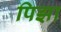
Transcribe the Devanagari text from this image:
पिझा